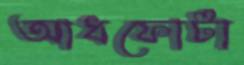
আধফোটা